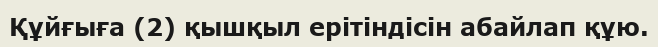
Құйғыға (2) қышқыл ерітіндісін абайлап құю.